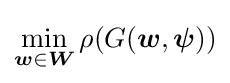
\min _{{\boldsymbol {w}}\in {\boldsymbol {W}}}\rho (G({\boldsymbol {w}},{\boldsymbol {\psi }}))